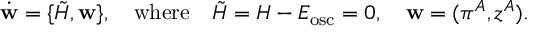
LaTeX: \dot { \bf w } = \{ { \tilde { H } } , { \bf w } \} , \quad \mathrm { w h e r e } \quad { \tilde { H } } = H - E _ { \mathrm { o s c } } = 0 , \quad { \bf w } = ( \pi ^ { A } , z ^ { A } ) .